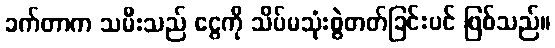
ခက်တာက သမီးသည် ငွေကို သိပ်မသုံးစွဲတတ်ခြင်းပင် ဖြစ်သည်။